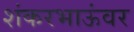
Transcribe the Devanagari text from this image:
शंकरभाऊंवर